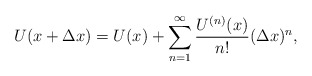
\begin{align*}U(x+\Delta x)=U(x)+\sum_{n=1}^{\infty} \frac{U^{(n)}(x)}{n!} (\Delta x)^{n},\end{align*}